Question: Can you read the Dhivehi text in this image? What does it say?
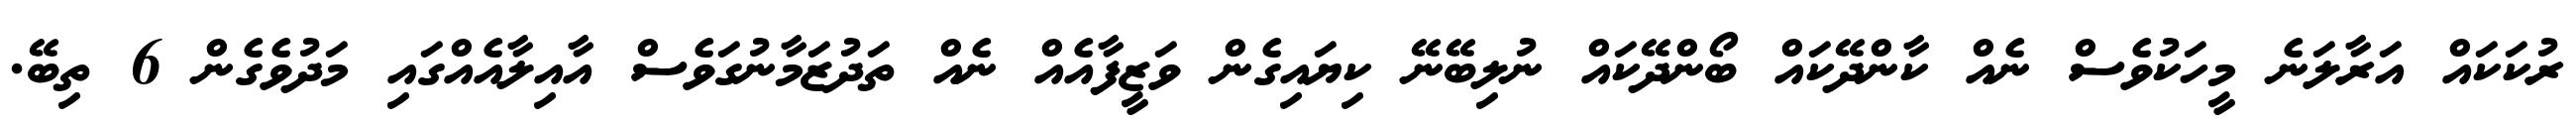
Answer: ރުކަކައް އަރާލަނެ މީހަކުވެސް ނެއް ކާންދޭކައް ބޯންދޭކައް ނުލިބޭނޭ ކިޔައިގެން ވަޒީފާއެއް ނެއް ތަދުޒަމާނުގަވެސް އާއިލާއެއްގައި މަދުވެގެން 6 ތިބޭ.